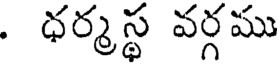
. ధర్మస్థ వర్గము